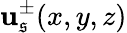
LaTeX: \mathbf{u}_{\mathfrak{s}}^{\pm}(x,y,z)